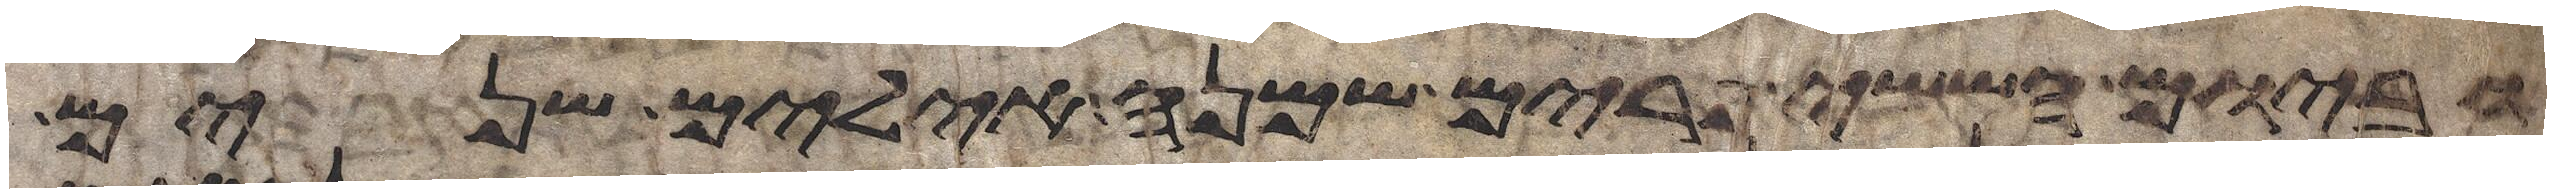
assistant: וביום הששי פרים שמנה אילים שנים